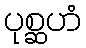
ပုစ္ဆဟံ